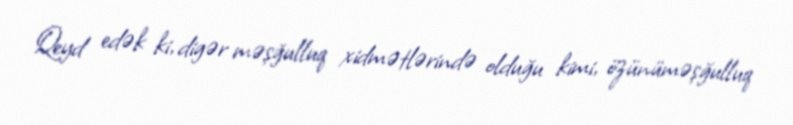
Qeyd edək ki, digər məşğulluq xidmətlərində olduğu kimi, özünüməşğulluq